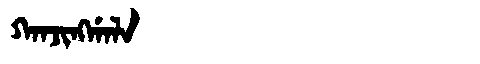
Manchu: ᡴᠠᠨᠵᡳᠩᡤᠠᠯᠠ
Romanization: KANJINGGALA